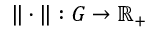
\| \cdot \| : G \to \mathbb { R _ { + } }